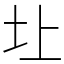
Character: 圵